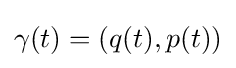
\gamma (t)=(q(t),p(t))